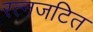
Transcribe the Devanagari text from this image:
रत्नजटित